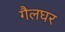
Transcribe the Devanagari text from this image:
गैलघर